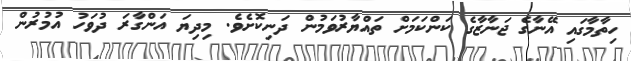
ހިތާމާގައި އޭނާގެ ޖަނާޒާގެ ކަންކަމަށް ތައްޔާރުވަމުން ދަނިކޮށެވެ. މިދިޔަ އަންގާރަ ދުވަހު އުމުރުން